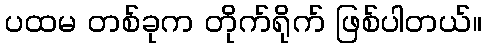
ပထမ တစ်ခုက တိုက်ရိုက် ဖြစ်ပါတယ်။